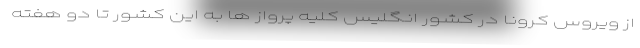
از ویروس کرونا در کشور انگلیس کلیه پرواز ها به این کشور تا دو هفته